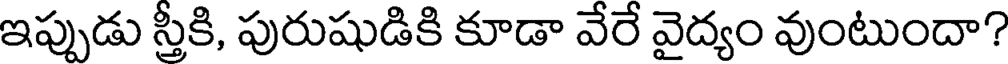
ఇప్పుడు స్తీకి, పురుషుడికి కూడా వేరే వైద్యం వుంటుందా?